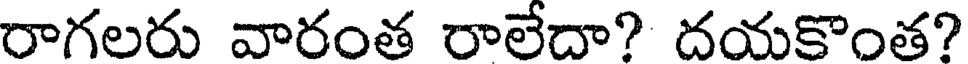
రాగలరు వారంత రాలేదా? దయకొంత?